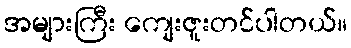
အများကြီး ကျေးဇူးတင်ပါတယ်။